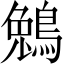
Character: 鵵